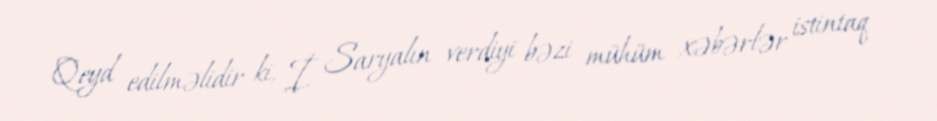
Qeyd edilməlidir ki, İ. Saryalın verdiyi bəzi mühüm xəbərlər istintaq